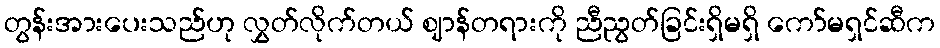
တွန်းအားပေးသည်ဟု လွှတ်လိုက်တယ် ဈာန်တရားကို ညီညွတ်ခြင်းရှိမရှိ ကော်မရှင်ဆီက